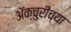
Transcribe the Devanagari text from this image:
ॲक्चुरींच्या